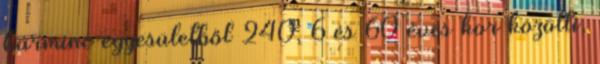
harminc egyesületből 240, 6 és 60 éves kor közötti,